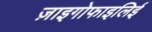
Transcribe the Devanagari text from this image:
ज़ाइगोफाइलिई